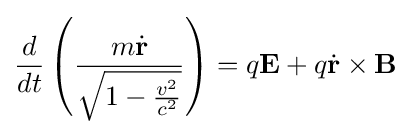
{\frac {d}{dt}}\left({\frac {m{\dot {\mathbf {r} }}}{\sqrt {1-{\frac {v^{2}}{c^{2}}}}}}\right)=q\mathbf {E} +q{\dot {\mathbf {r} }}\times \mathbf {B}